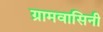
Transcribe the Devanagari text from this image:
ग्रामवासिनी